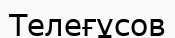
Телеғұсов